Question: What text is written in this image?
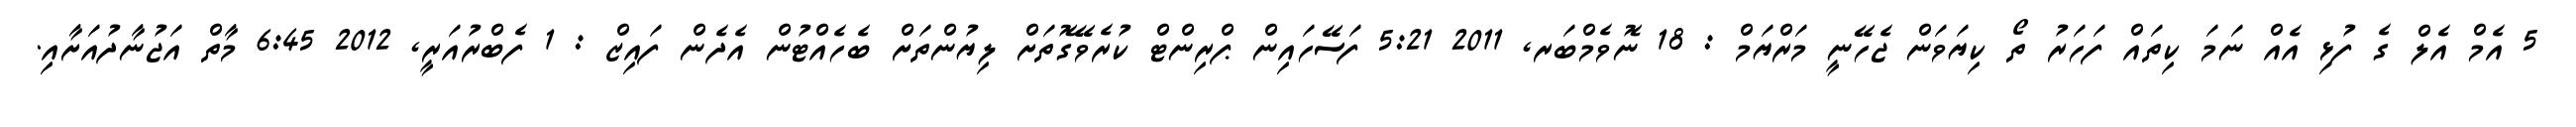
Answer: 5 އެމް އެލް ގެ ފުޅި އެއް ނަމަ ކިތައް ފަހަރު ތޯ ކިޔަވަން ޖެހޭނީ މަރްޔަމް : 18 ނޮވެމްބަރ, 2011 5:21 ފަސޭހައިން ޕްރިންޓް ކުރެވޭގޮތަށް ލިޔުންތަށް ބެހެއްޓުން އެދެން ފައިޒް : 1 ފެބްރުއަރީ, 2012 6:45 މާތް އަޖުނާދުއަށާއި.